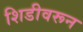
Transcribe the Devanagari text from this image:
शिडीवरून